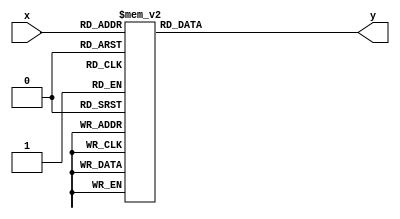

module hexdisplay (x,y);
	input [3:0] x;
	output reg [0:6] y;

	always@(x)
	begin
		case(x)
			0: y=7'b0000001;
			1: y=7'b1001111;
			2: y=7'b0010010;
			3: y=7'b0000110;
			4: y=7'b1001100;
			5: y=7'b0100100;
			6: y=7'b0100000;
			7: y=7'b0001111;
			8: y=7'b0000000;
			9: y=7'b0000100;
			10: y=7'b0001000;
			11: y=7'b1100000;
			12: y=7'b0110001;
			13: y=7'b1000010;
			14: y=7'b0110000;
			15: y=7'b0111000;
			default: y=7'b0000001;
		endcase
	end

endmodule	

module newPress(Clock, Btn, oNewPress);
input Clock;
input Btn;
output oNewPress;
reg [1:0] press;
	always@(posedge Clock)
	begin
	press <= {press[0], Btn};
	end
assign oNewPress = ~press[1]&press[0];
endmodule
		
module reactiontimer(Clock, Reset, Reactiontimer_Start, counter_start, Button, Right_LED, Left_LED, y0, y1, y2, y3);
input [1:0] Button;
input Clock, Reset, Reactiontimer_Start, counter_start;
wire right_button, left_button;
reg [6:0] counter;
reg [11:0] left_count, right_count, rightmilli_counter, leftmilli_counter;
reg [3:0] rightone_millisecond, leftone_millisecond;
reg [3:0] BCD0, BCD1, BCD2, BCD3;
reg en_right, en_left;
output reg Right_LED, Left_LED;
output [0:6] y0, y1, y2, y3;

initial begin
BCD0 <= 4'b0000;
BCD1 <= 4'b0000;
BCD2 <= 4'b0000;
BCD3 <= 4'b0000;
end

newPress one (Clock, Button[0], right_button);
newPress two (Clock, Button[1], left_button);

reg [9:0] usecond_cntr;
reg [9:0] msecond_cntr;

parameter CLOCK_MHZ = 50;

reg [7:0] tick_cntr;
reg tick_cntr_max;

always @(posedge Clock) begin
	if (Reset) begin
		tick_cntr <= 0;
		tick_cntr_max <= 0;
	end
	else begin
		if (tick_cntr_max) tick_cntr <= 1'b0;
		else tick_cntr <= tick_cntr + 1'b1;
		tick_cntr_max <= (tick_cntr == (CLOCK_MHZ - 2'd2));
	end
end

/////////////////////////////////
// Count off 1000 us to form 1 ms
/////////////////////////////////
reg usecond_cntr_max;

always @(posedge Clock) begin
	if (Reset) begin
		usecond_cntr <= 0;
		usecond_cntr_max <= 0;
	end
	else if (tick_cntr_max) begin
		if (usecond_cntr_max) usecond_cntr <= 1'b0;
		else usecond_cntr <= usecond_cntr + 1'b1;
		usecond_cntr_max <= (usecond_cntr == 10'd998);
	end
end


/////////////////////////////////
// Count off 1000 ms to form 1 s
/////////////////////////////////
reg msecond_cntr_max;

always @(posedge Clock) begin
	if (Reset) begin
		msecond_cntr <= 0;
		msecond_cntr_max <= 0;
	end
	else if (usecond_cntr_max & tick_cntr_max) begin
		if (msecond_cntr_max) msecond_cntr <= 1'b0;
		else msecond_cntr <= msecond_cntr + 1'b1;
		msecond_cntr_max <= (msecond_cntr == 10'd998);
	end
end

initial begin
en_right <= 1'b1;
en_left <= 1'b1;
end

/* Assign random count values to each LED to get the random time between 500 and 3000ms to light up later */
always@(posedge Clock)
begin
	if(counter_start)
	begin
		if(Reactiontimer_Start)
		begin
			if(right_button||Reset||left_button)
			begin
				right_count <= 0;
				left_count <= 0;
			end
			else
			begin
				right_count <=  25 * (100 - counter) + 500;
				left_count <= 25 * (counter) + 500;
			end
		end
		else
		begin
			if(counter == 100)
			begin
				counter <= 0;
			end
			else 
			begin
				counter <= counter + 1'b1;
			end
		end
	end
	else
	begin
		counter <= 0;
	end
end

/* Light right LED after counting up to time from counter */
always@(posedge Clock)
begin
	if(Reset)
	begin
		en_right <= 1'b1;
		Right_LED <= 1'b0;
		rightmilli_counter <= 0;
	end
	else if(Reactiontimer_Start)
		begin
			if(right_button)
			begin
				Right_LED <= 1'b0;
			end
			else
			begin
				if((usecond_cntr_max & tick_cntr_max) && counter_start && en_right)
				begin
					if(rightmilli_counter == right_count)
					begin
						rightmilli_counter <= 0;
						Right_LED <= 1'b1;
						en_right <= 1'b0;
					end
					else
					begin
						rightmilli_counter <= rightmilli_counter + 1'b1;
					end
				end
			end
		end
	else
	begin
		Right_LED <= 1'b0;
	end
end

/* Seven segment out for right button and LED */
always@(posedge Clock)
begin
	if(Reset)
	begin
		BCD0 <= 4'b0000;
		BCD1 <= 4'b0000;
		rightone_millisecond <= 4'b0000;
	end
	else if(Right_LED)
	begin
		if(usecond_cntr_max & tick_cntr_max)
		begin
			if(rightone_millisecond == 4'b1001)
			begin
				rightone_millisecond = 4'b0000;
				if(BCD0 == 4'b1001)
				begin
					BCD0 <= 4'b0000;
					if(BCD1 == 4'b1001)
					begin
						BCD1 <= 4'b0000;
					end
					else
					begin
						BCD1 <= BCD1 + 1'b1;
					end
				end
				else
				begin
					BCD0 <= BCD0 + 1'b1;
				end
			end
			else
			begin
				rightone_millisecond <= rightone_millisecond + 1'b1;
			end
		end
	end
end


/* Light left LED after counting up to time from counter */
always@(posedge Clock)
begin
	if(Reset)
	begin
		en_left <= 1'b1;
		Left_LED <= 1'b0;
		leftmilli_counter <= 0;
	end
	else if(Reactiontimer_Start)
		begin
			if(left_button)
			begin
				Left_LED <= 1'b0;
			end
			else
			begin
				if((usecond_cntr_max & tick_cntr_max) && counter_start && en_left)
				begin
					if(leftmilli_counter == left_count)
					begin
						leftmilli_counter <= 0;
						Left_LED <= 1'b1;
						en_left <= 1'b0;
					end
					else
					begin
						leftmilli_counter <= leftmilli_counter + 1'b1;
					end
				end
			end
		end
	else
	begin
		Left_LED <= 1'b0;
	end
end

/* Seven segment out for right button and LED */
always@(posedge Clock)
begin
	if(Reset)
	begin
		BCD2 <= 4'b0000;
		BCD3 <= 4'b0000;
		leftone_millisecond <= 4'b0000;
	end
	else if(Left_LED)
	begin
		if(usecond_cntr_max & tick_cntr_max)
		begin
			if(leftone_millisecond == 4'b1001)
			begin
				leftone_millisecond = 4'b0000;
				if(BCD2 == 4'b1001)
				begin
					BCD2 <= 4'b0000;
					if(BCD3 == 4'b1001)
					begin
						BCD3 <= 4'b0000;
					end
					else
					begin
						BCD3 <= BCD3 + 1'b1;
					end
				end
				else
				begin
					BCD2 <= BCD2 + 1'b1;
				end
			end
			else
			begin
				leftone_millisecond <= leftone_millisecond + 1'b1;
			end
		end
	end
end

hexdisplay ss0 (BCD0, y0);
hexdisplay ss1 (BCD1, y1);
hexdisplay ss2 (BCD2, y2);
hexdisplay ss3 (BCD3, y3);


endmodule